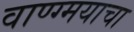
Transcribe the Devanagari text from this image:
वाण्ग्मयाचा